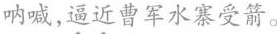
呐喊，\underset{·}{逼}\underset{·}{近}曹军水寨受箭。